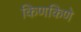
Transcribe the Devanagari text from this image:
किणकिणे